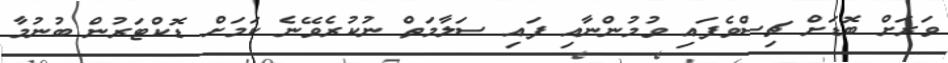
ވަރަށް ބޮޑަށް ޗިސްވެފައި ވުމުންނާއި ފައި ސަލާމަތް ނުކުރެވޭނެ ކަމަށް ޑޮކްޓަރުން ބުނުމާ